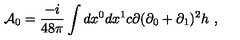
{ \cal A } _ { 0 } = \frac { - i } { 4 8 \pi } \int d x ^ { 0 } d x ^ { 1 } c \partial ( \partial _ { 0 } + \partial _ { 1 } ) ^ { 2 } h \ ,